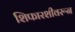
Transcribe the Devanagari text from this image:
शिफारशीवरून